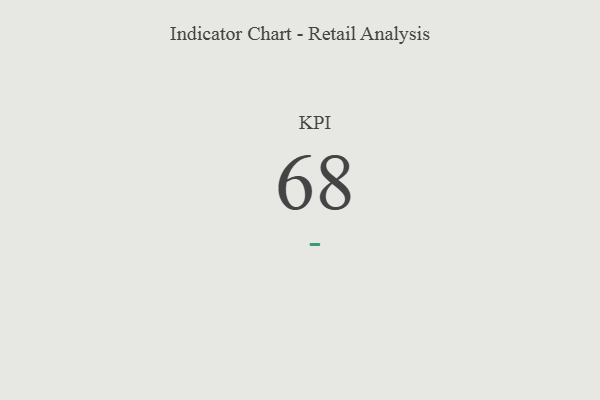
{"axis": {"x": "KPI", "y": "Value"}, "legend": [""], "data": [{"x": "KPI", "y": 68, "type": ""}]}